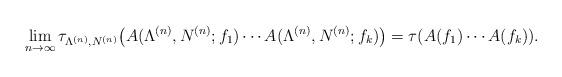
LaTeX: \begin{align*}\lim_{n\to\infty}\tau_{\Lambda^{(n)},N^{(n)}} \big( A(\Lambda^{(n)},N^{(n)};f_1)\dotsm A(\Lambda^{(n)},N^{(n)};f_k)\big)=\tau(A(f_1)\dotsm A(f_k)).\end{align*}